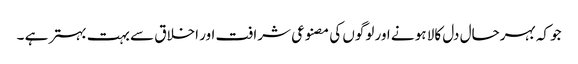
جو کہ بہرحال دل کالا ہو نے اور لوگوں کی مصنوعی شرافت اور اخلاق سے بہت بہتر ہے ۔